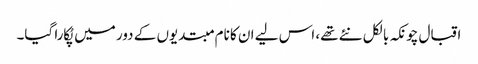
اقبال چونکہ بالکل نئے تھے، اس لیے ان کا نام مبتدیوں کے دور میں پُکارا گیا۔